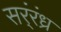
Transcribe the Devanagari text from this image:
सर्ंरंध्र